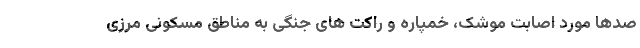
صدها مورد اصابت موشک، خمپاره و راکت های جنگی به مناطق مسکونی مرزی